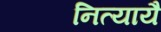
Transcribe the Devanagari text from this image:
नित्यायै